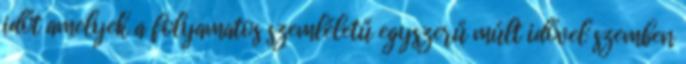
időt amelyek a folyamatos szemléletű egyszerű múlt idővel szemben